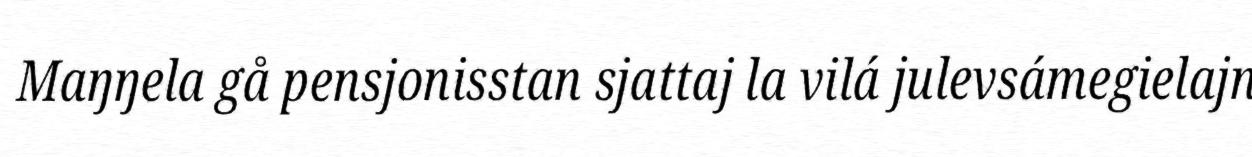
Maŋŋela gå pensjonisstan sjattaj la vilá julevsámegielajn